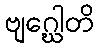
ဗျဂ္ဃေါတိ